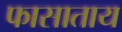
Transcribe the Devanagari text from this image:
फासाताय